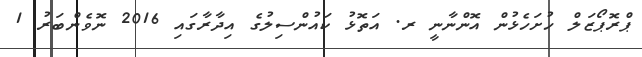
ޕްރޮޕޯޒަލް ހުށަހެޅުން އޮންނާނީ ރ. އަތޮޅު ކައުންސިލުގެ އިދާރާގައި 2016 ނޮވެންބަރު 1